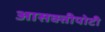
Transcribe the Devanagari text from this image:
आसक्तीपोटी